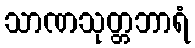
သာဏသုတ္တဘာရံ